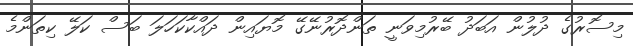
މިސޮރުގެ ދުލުން އަބަދު ބޭރުމިވަނީ ތަންދޮރުނޭގޭ މޮޔައިން ދައްކާކަހަލަ ބަސް ކަލޭ ކިތަންމެ